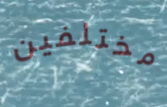
مختلفين